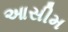
આસીમ